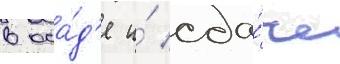
в оса́д'е и́ сда́че